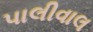
પાલીવાલ